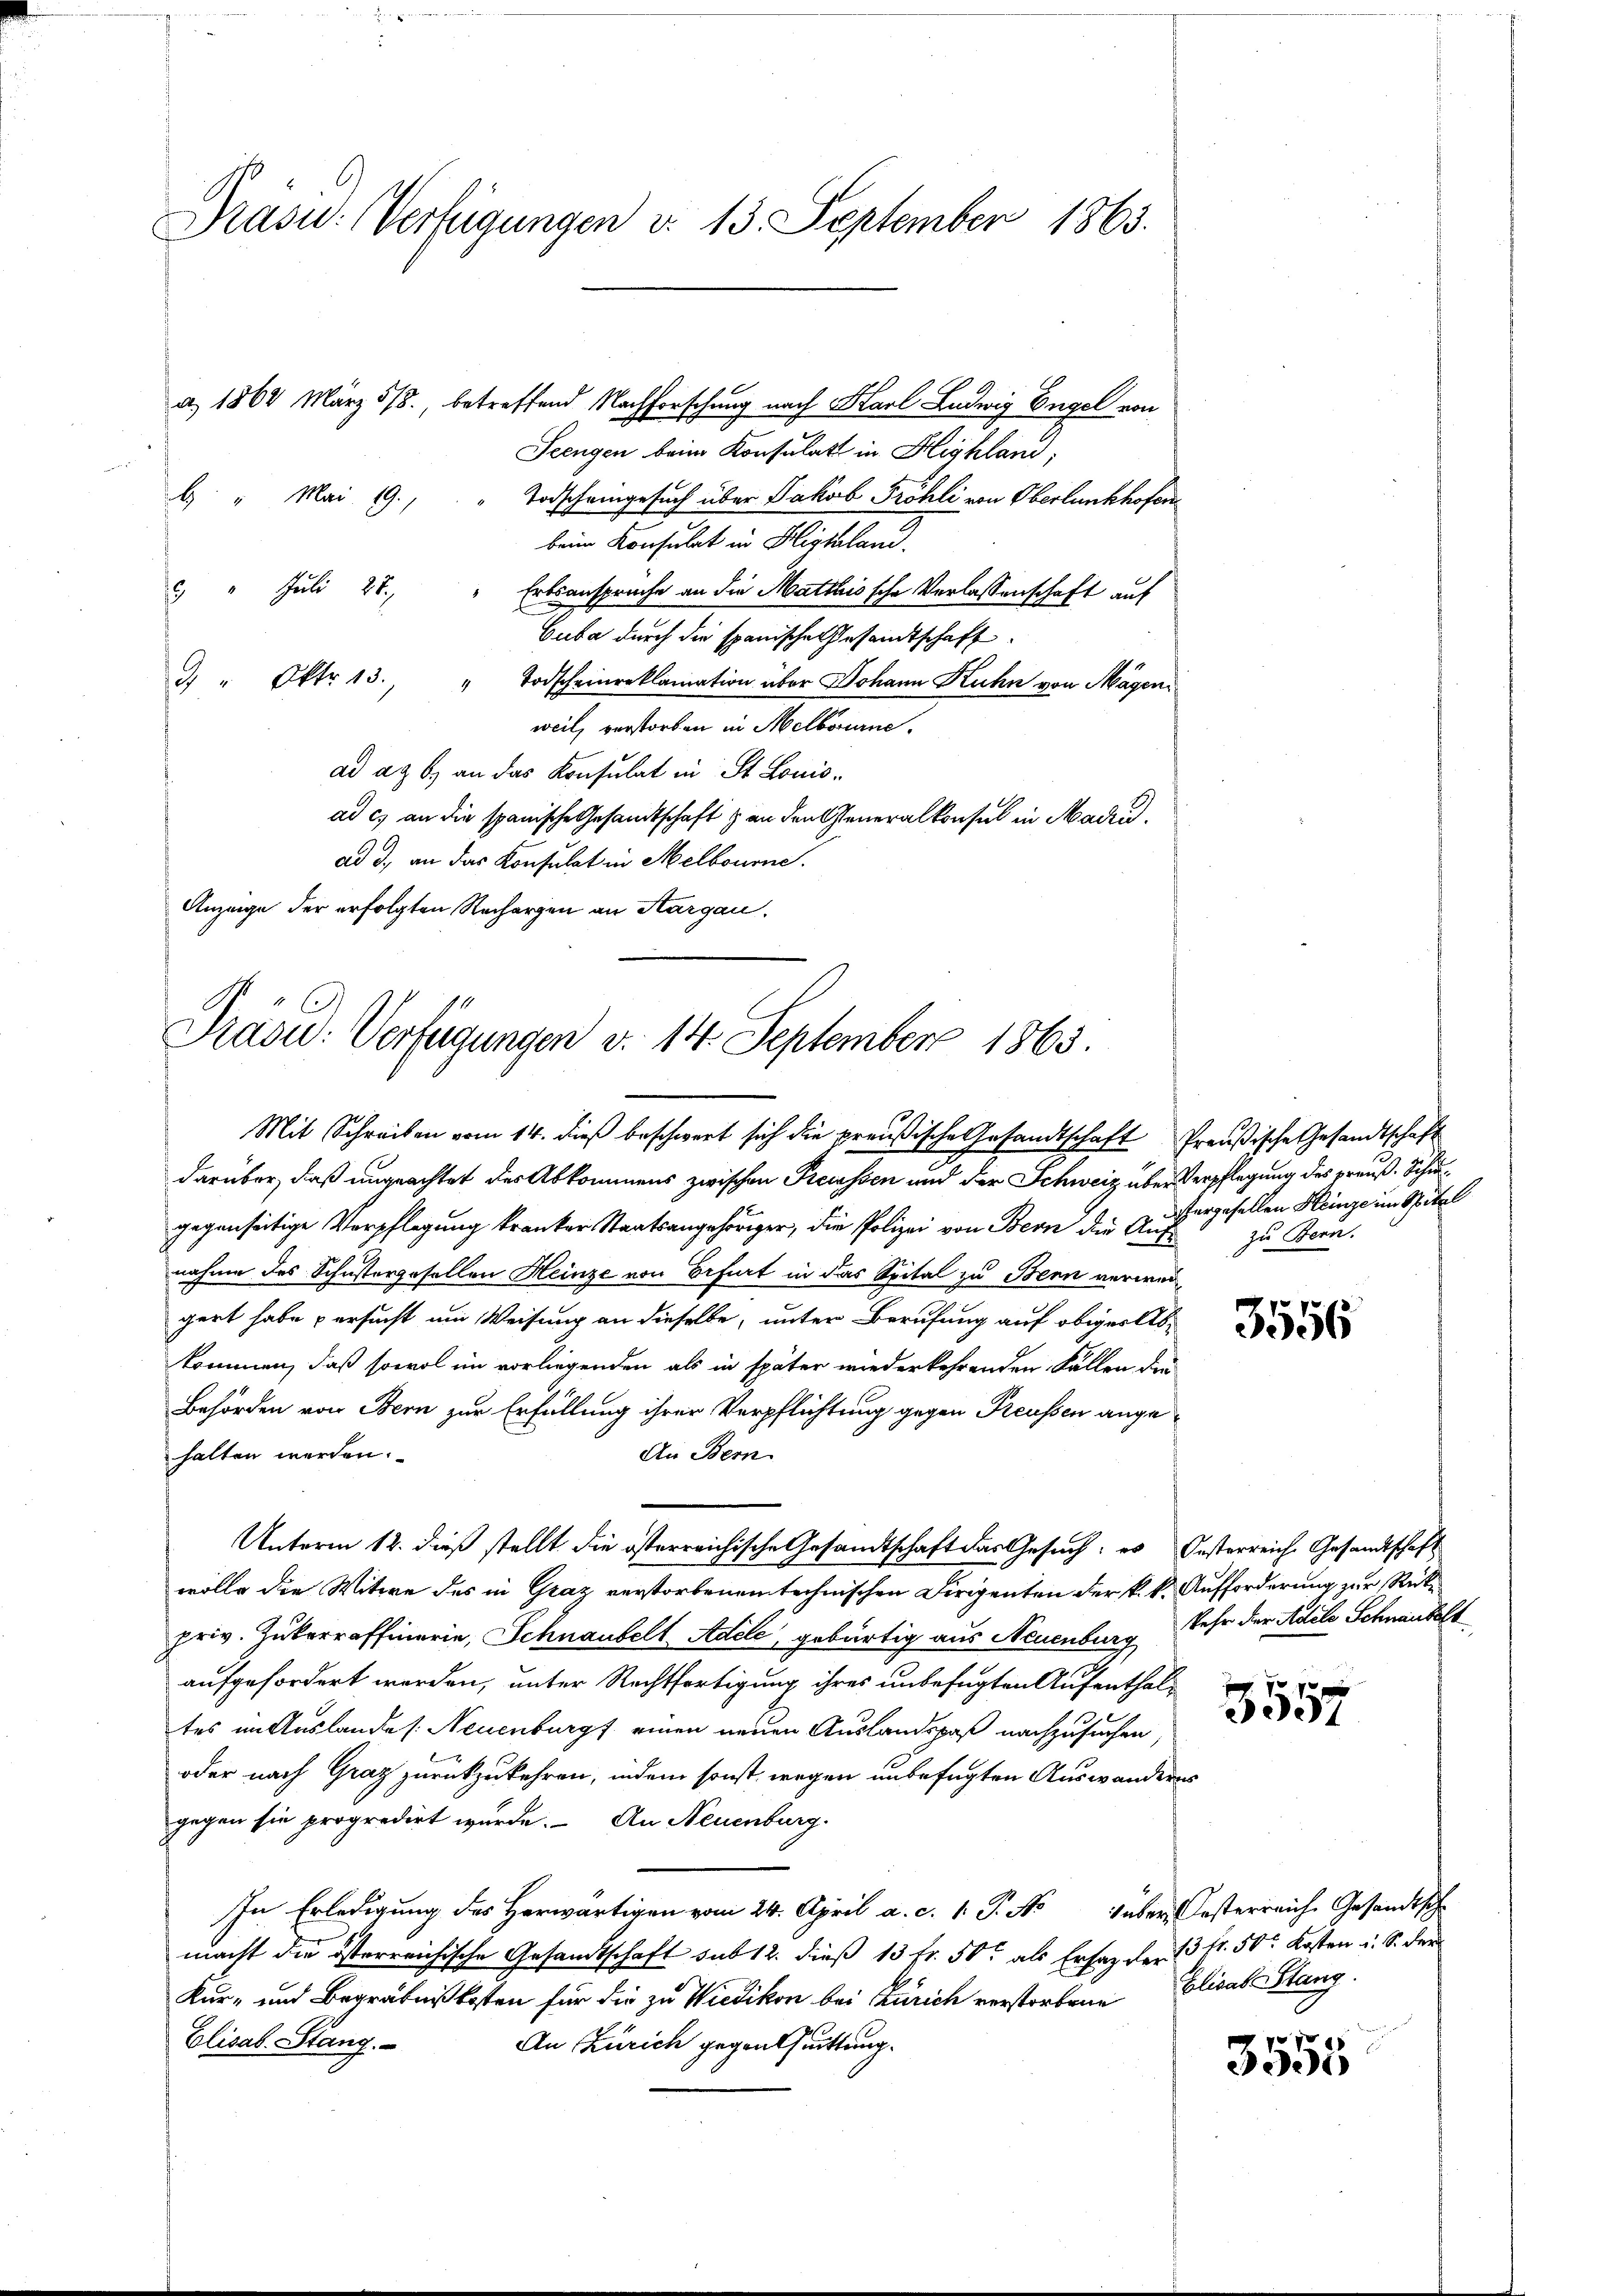
Präsid.: Verfügungen v. 13. September 1863.
a. 1864 März 5/8., betreffend Nachforschung nach Karl Ludwig Engel von

Seengen beim Konsulatt in Highland,
b. " Mai 19.
Todscheingesuch über Jakob Fröhli von Oberlunkhofer
beim Konsulat in Highland.
" Juli 28.
Erbsanspruche an die Mattleissche Verlassenschaft auf
Cuba durch die spanischen Gesandtschaft
7 " Okt. 13. " Todscheinreklamation über Johann Kuhn von Magen,
weil, verstorben in Melborurne.
ad ag. 6. an das Konsulat in St. Louis-
ad c) an die spanische Gesandtschaft & an den Generalkonsul in Mad.
ad 3., an das Konsulat in Melbourne.
Anzeige der erfolgten Rechargen an Sargau,

Präsid. Verfügungen v. 14. September 1865.
Mit Schreiben vom 14. dieß beschwert sich die preußische Gesandtschaft Preußische Gesandtschaft

darüber, daß ungeachtet der Abkommens zwischen Preissen und der Schweiz über Verpflegung des preuß. Schiegegenseitige Verpflegung kranker Staatsangehöriger, die Polizei von Bern die Auf zu Bern.
nahme des Schustergesellen Heinze von Erfurt in das Spital zu Bern verwei
gert habe versucht um Weisung an dieselbe, unter Berufung auf obiger Abkommen, daß sowol im vorliegenden als in später wiederkehrenden Fällen der
Behörden von Bern zur Erfüllung ihrer Verpflichtung gegen Preussen ange¬
An Bern.
halten werden.
wolle die Witwe des in Graz verstorbenen technischen Dirigenten der k. k. Aufforderung zur Rückpriv. Zukerraffinarie, Schnaubelt Adele, gebürtig aus Neuenburg sehr der Adele Schnandelt
aufgefordert werden, unter Rechtfertigung ihres unbefugten Aufenthaltes im Auslandes: Neuenburg einen neuen Auslandspaß nachzusuchen,
oder nach Graz zurückzukehren, indem sonst wegen unbefugten Auswanderes
gegen sie propredirt wurde. An Neuenburg.
In Erledigung des Herwärtigen vom 24. April a. c. 1. P. No über Kosterreiche Gesandtsch
macht die österreichische Gesandtschaft sub 12. dieß 13 fr. 500 als Ersatz der 13 fr. 50 Kosten u. S. der
Kur- und Begräbnißkosten für die zu Wiedikon bei Zürich verstorbene Elisabe Stang.
Elisab. Stang
An Zürich gegenthuittung.

Unterm 12. dieß stellt die österreichische Gesandtschaft das Gesuch: es Oesterreiche Gesandtschaft

stergesellen Heinze im Spital

3556

p f
3357

3555